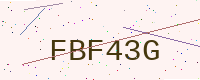
Text: FBF43G